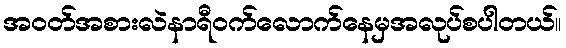
အဝတ်အစားလဲနာရီဝက်လောက်နေမှအလုပ်စပါတယ်။